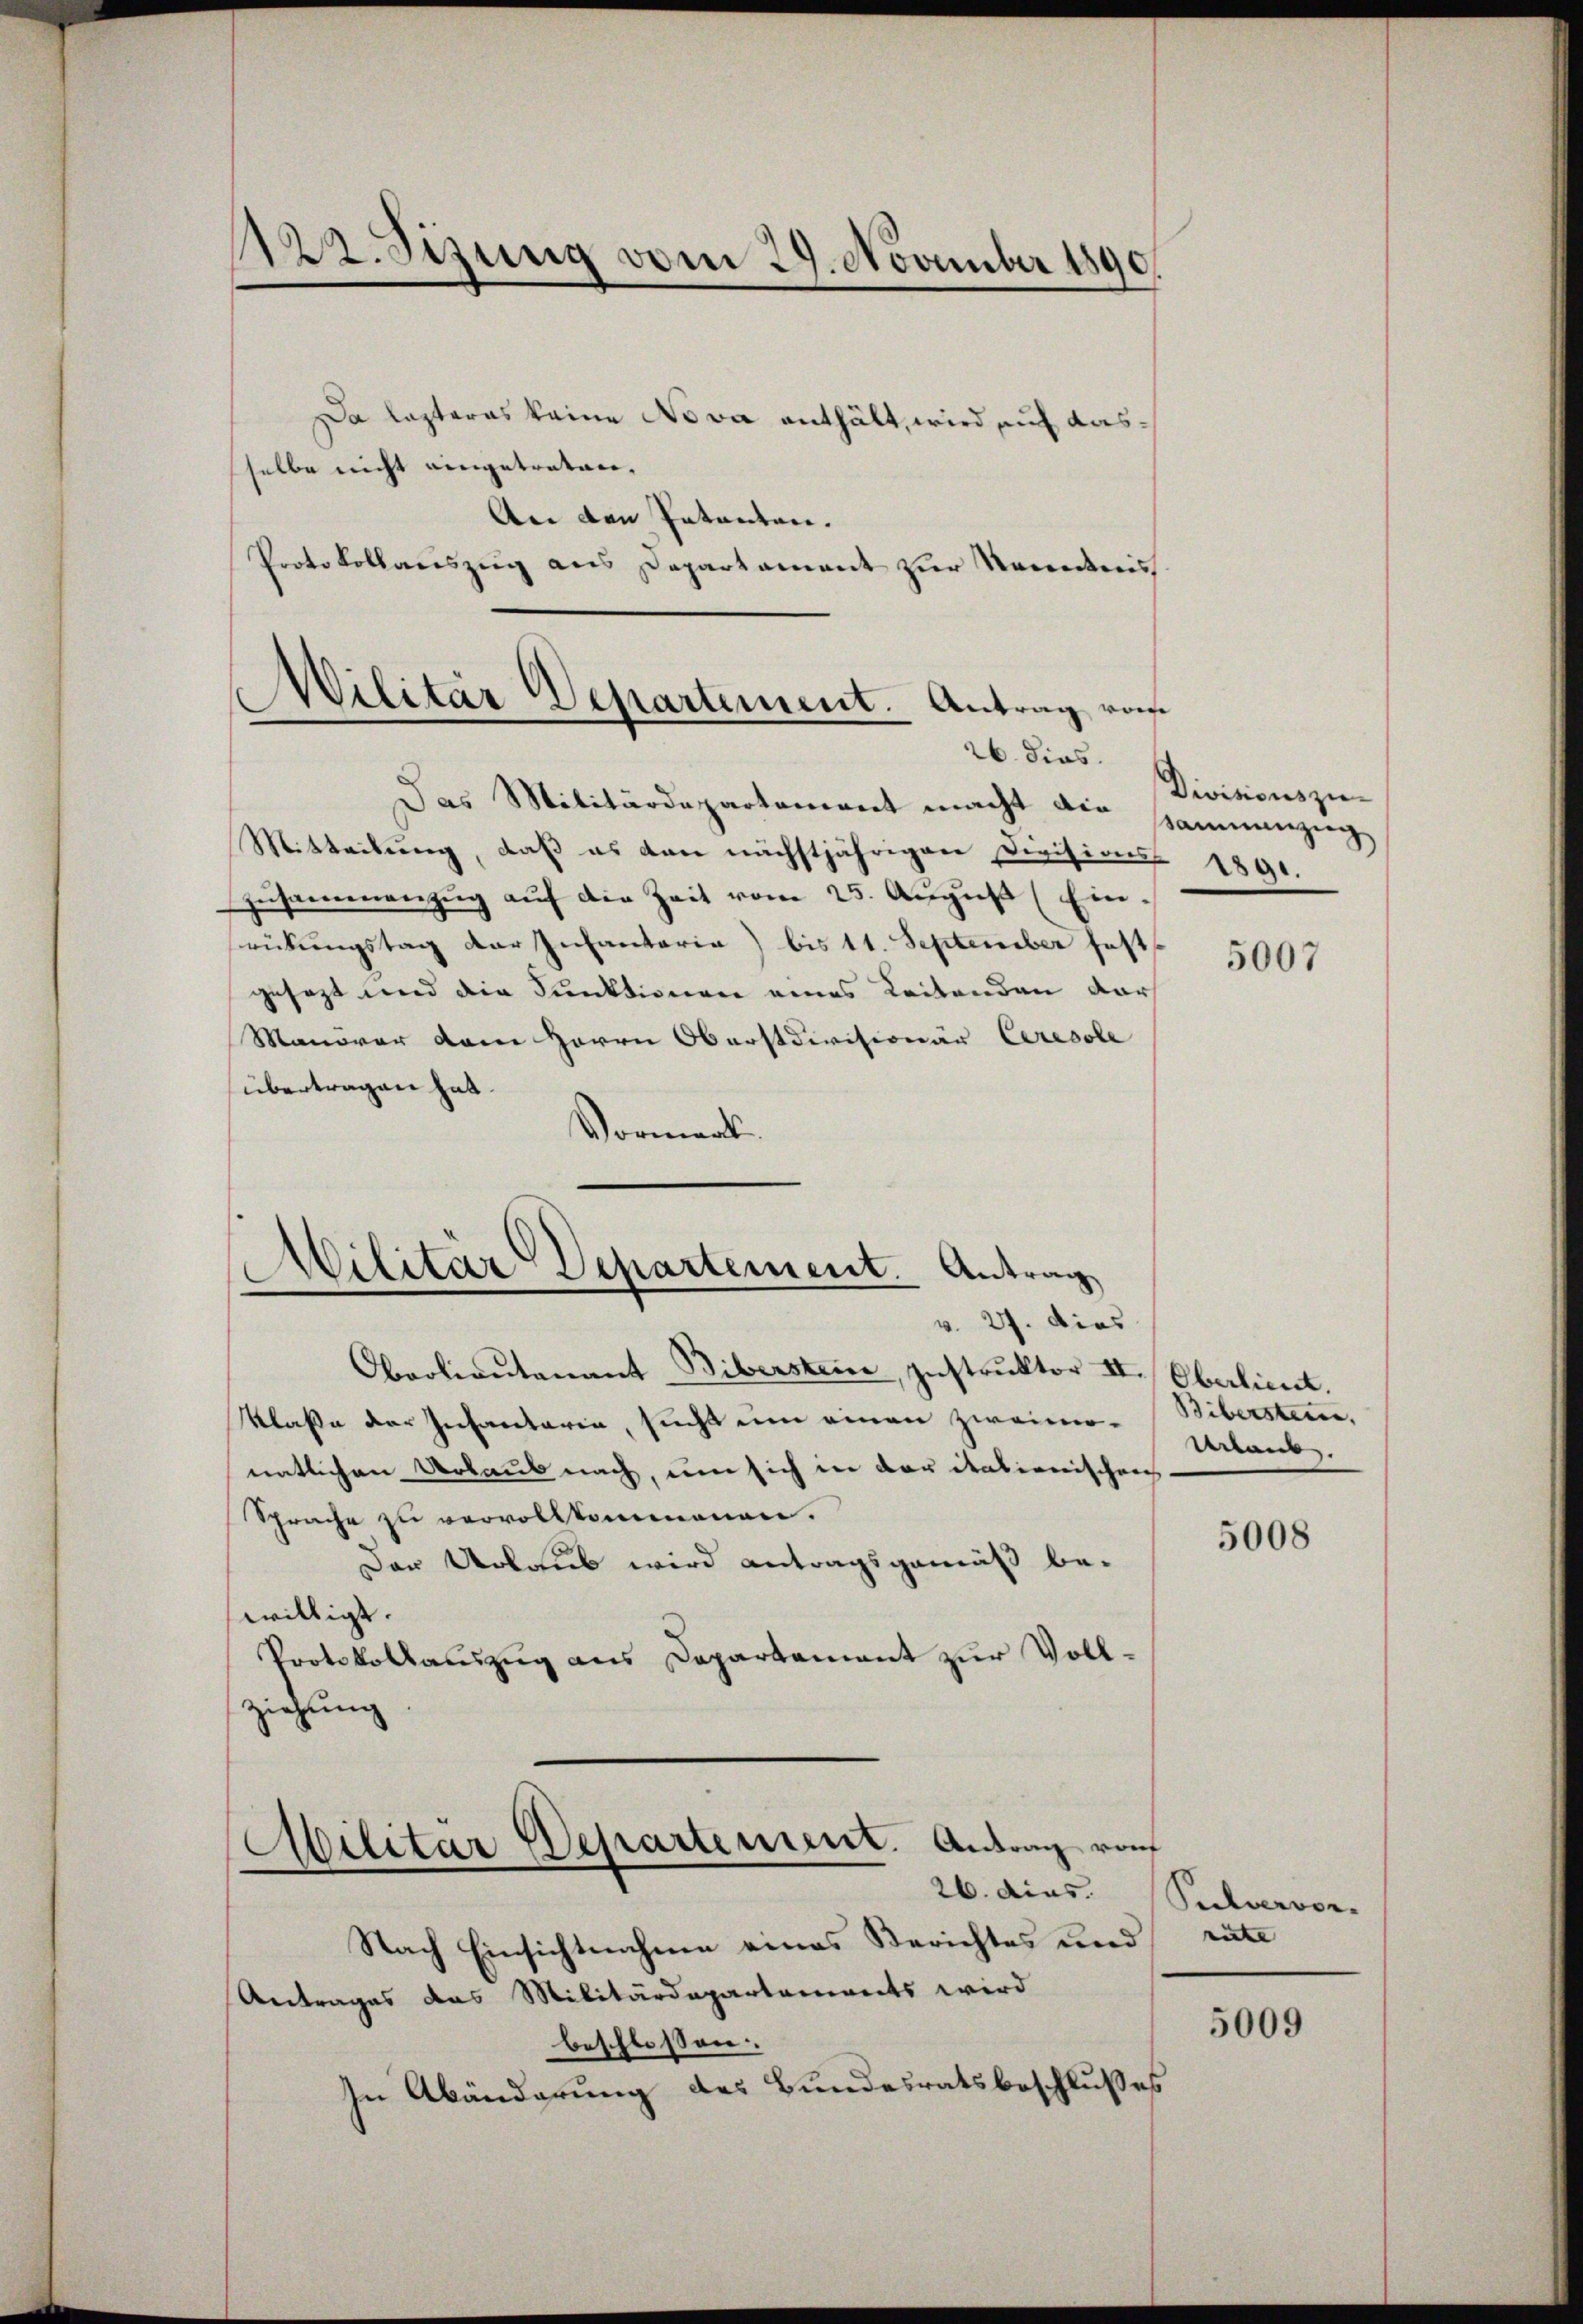
1122. Sizung vom 29. November 1890.

Da lasteres keine Nova enthält, wird auch dasselbe nicht eingetreten.
An den Patenten.
Protokollauszug aus Departament zur Kenntnis
Das Militärdepartement macht die Sammenzug
Mitteilung, daß es den nächstjährigen Divisions
Zŭsammenzug auf die Zeit vom 25. August (Ein-
srückungstag der Infantaria) bis 11. September fest
gesezt und die Punktionen eines Leitenden dar
Manorar dem Herrn Oberstdivisionär Ceresole
übertragen hat.
Vormerk
Militär Departement. Antrag
v. 27. dies
Oberlieutenant Biberstein, Instruktor II. Oberlieut.
Klasse der Infantaria, sucht eine einen zweimonatlichen Urlaub nach, um sich in der italienischen
Sprache zu vervollkommenen.
Der Urlaub wird antragsgemäß be-
willigt.
Protokollauszug aus Departement zur Vollziehung

Wilitär Departement. Antrag vom
26. dies.

Militar Departement. Antrag vom

Nach Einsichtnahme eines Berichtes und
Antrages das Militärdepartements wird
beschlossen:
In Abänderung des Bundesratsbeschlußes

Divisionszu¬
280.

5007

Biberstein,
Urlaub.

5008

26. dies. Silvervor.
rite |

5009